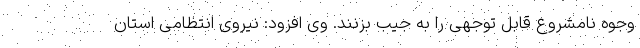
وجوه نامشروع قابل توجهی را به جیب بزنند. وی افزود: نیروی انتظامی استان